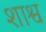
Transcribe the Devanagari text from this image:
शाश्व